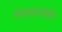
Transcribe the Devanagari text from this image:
स्पायग्लास